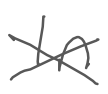
Text: In
Cross-out: cross
Writing tool: digital_gray